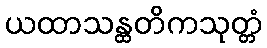
ယထာသန္ထတိကသုတ္တံ